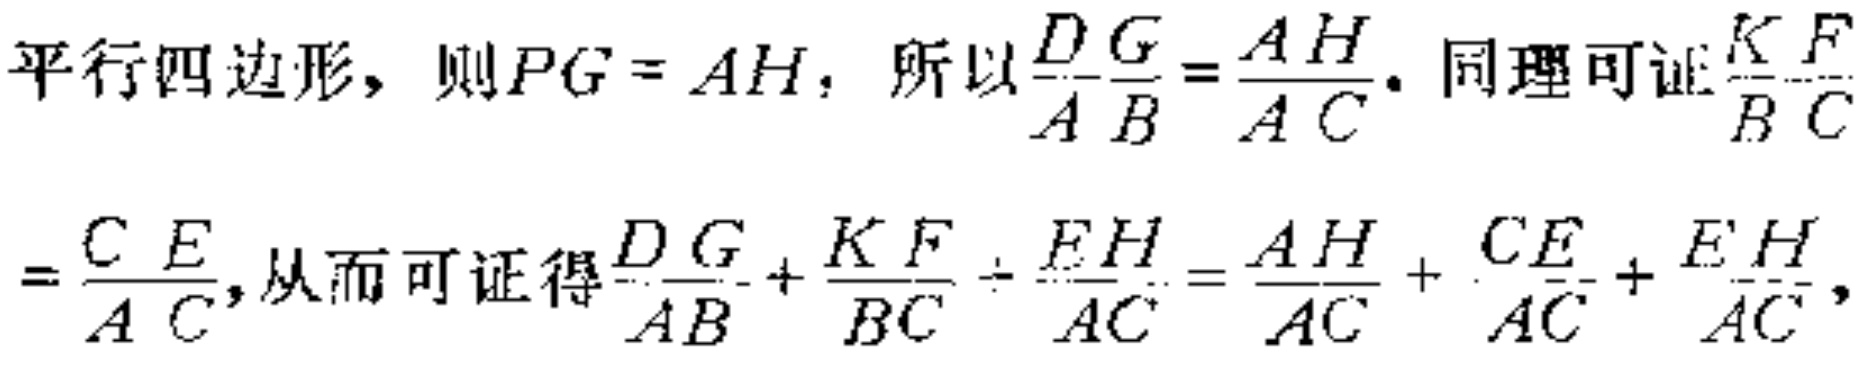
平行四边形，则\(PG = AH\)，所以\(\frac{DG}{AB}=\frac{AH}{AC}\)。同理可证\(\frac{KF}{BC}\)
\(=\frac{CE}{AC}\)，从而可证得\(\frac{DG}{AB}+\frac{KF}{BC}+\frac{EH}{AC}=\frac{AH}{AC}+\frac{CE}{AC}+\frac{EH}{AC}\)，